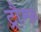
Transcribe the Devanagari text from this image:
ट्रौम्फ़